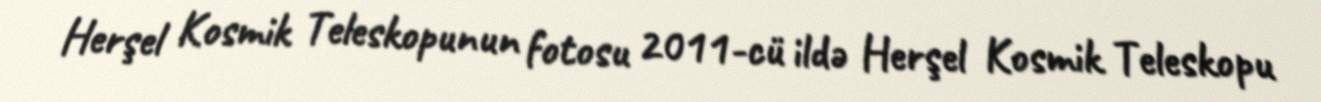
Herşel Kosmik Teleskopunun fotosu 2011-cü ildə Herşel Kosmik Teleskopu